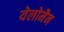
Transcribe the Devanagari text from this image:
येलोमैन